Civil Veterinary Department. United Provinces 1923-31 - 1923-1931
Year: 1923
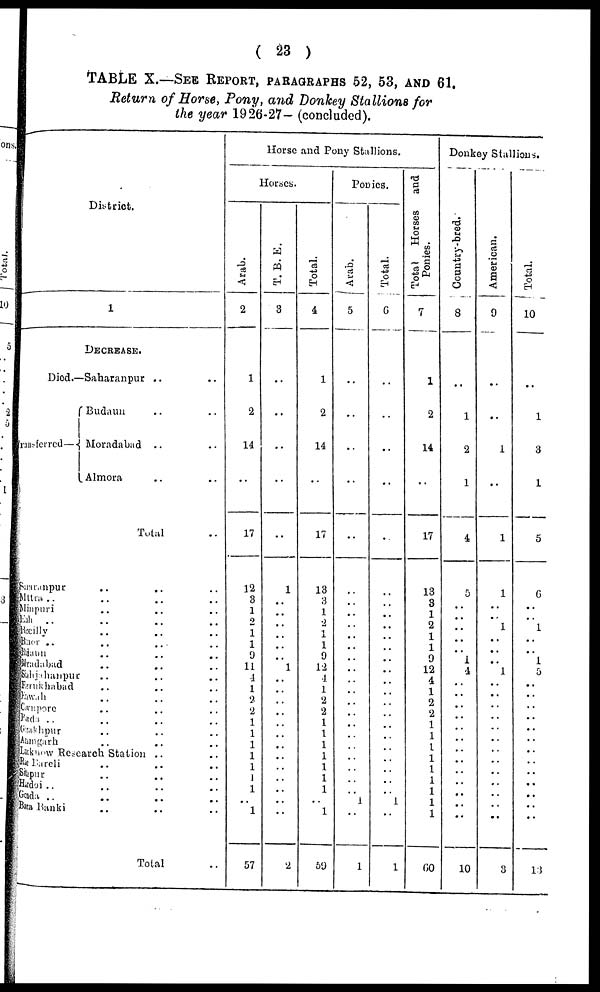
( 23 )
TABLE X.—SEE REPORT, paragraphs 52, 53, AND 61.
Return of Horse, Pony, and Donkey Stallions for
the year 1926-27— (concluded).
District.
1
DECREASE.
Died.—Saharanpur .. ..
Budaun .. ..
ransferred— Moradabad .. ..
Almora .. ..
Total ..
Saaranpur
..
.. ..
Mttra .. .. .. ..
Minpuri
..
.. ..
Eath .. .. .. ..
Baeilly .. .. ..
Bijnor
Bdaun
..
..
..
Moradabad .. .. ..
Sahjahanpur
..
..
..
Fruukhabad .. .. ..
Eawah .. .. ..
Cawnpore .. .. ..
Banda .. .. .. ..
Gorakhpur .. .. ..
Azamgarh .. .. ..
Lacknow Research Station .. ..
Rae Bareli .. .. ..
Sitapur .. .. ..
Hardoi .. .. .. ..
Gonda .. .. .. ..
Bara Banki .. .. ..
Total ..
Horse a
nd Pon
y Stal
lions.
Horses.
Arab.
2
1
2
14
..
17
12
3
1
2
1
1
9
11
4
1
2
1
1
1
1
1
1
1
1
..
57
T.B.E.
3
..
..
..
..
..
1
..
..
..
..
..
..
1
..
..
..
..
..
..
..
..
..
..
..
..
2
Total 4
1
2
14
..
17
13
3
1
2
1
1
9
12
4
1
2
2
1
1
1
1
1
1
1
..
1
50
Ponies.
Arab.
5
..
..
..
..
..
..
..
..
..
..
..
..
..
..
..
..
..
..
..
..
..
..
..
..
1
..
1
Total.
6
..
..
..
..
..
..
..
..
..
..
..
..
..
..
..
..
..
..
..
..
..
..
..
..
1
..
1
Tot al Hor s es and
Poni es .
7
1
2
14
..
17
13
3
1
2
1
1
9
12
4
1
2
2
1
1
1
1
1
1
1
1
1
60
Donkey Stallions.
country-bred
8
..
1
2
1
4
5
..
..
..
..
..
1
4
..
..
..
..
..
..
..
..
..
..
..
..
..
10
American.
9
..
..
1
..
1
1
..
..
1
..
..
..
1
..
..
..
..
..
..
..
..
..
..
..
..
..
3
Total.
10
..
1
3
1
5
6
..
..
1
..
..
1
5
..
..
..
..
..
..
..
..
..
..
..
..
..
13